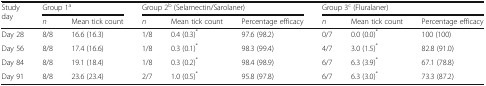
<table><thead><tr><td rowspan="2"><b>Study day</b></td><td colspan="2"><b>Group 1<sup>a</sup></b></td><td colspan="3"><b>Group 2<sup>b</sup> (Selamectin/Sarolaner)</b></td><td colspan="3"><b>Group 3<sup>c</sup> (Fluralaner)</b></td></tr><tr><td><b><i>n</i></b></td><td><b>Mean tick count</b></td><td><b><i>n</i></b></td><td><b>Mean tick count</b></td><td><b>Percentage efficacy</b></td><td><b><i>n</i></b></td><td><b>Mean tick count</b></td><td><b>Percentage efficacy</b></td></tr></thead><tbody><tr><td>Day 28</td><td>8/8</td><td>16.6 (16.3)</td><td>1/8</td><td>0.4 (0.3)<sup>*</sup></td><td>97.6 (98.2)</td><td>0/7</td><td>0.0 (0.0)<sup>*</sup></td><td>100 (100)</td></tr><tr><td>Day 56</td><td>8/8</td><td>17.4 (16.6)</td><td>1/8</td><td>0.3 (0.1)<sup>*</sup></td><td>98.3 (99.4)</td><td>4/7</td><td>3.0 (1.5)<sup>*</sup></td><td>82.8 (91.0)</td></tr><tr><td>Day 84</td><td>8/8</td><td>19.1 (18.4)</td><td>1/8</td><td>0.3 (0.2)<sup>*</sup></td><td>98.4 (98.9)</td><td>6/7</td><td>6.3 (3.9)<sup>*</sup></td><td>67.1 (78.8)</td></tr><tr><td>Day 91</td><td>8/8</td><td>23.6 (23.4)</td><td>2/7</td><td>1.0 (0.5)<sup>*</sup></td><td>95.8 (97.8)</td><td>6/7</td><td>6.3 (3.0)<sup>*</sup></td><td>73.3 (87.2)</td></tr></tbody></table>